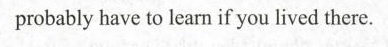
probably have to learn if you lived there.